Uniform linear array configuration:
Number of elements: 24
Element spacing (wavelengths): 0.75
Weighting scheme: kaiser
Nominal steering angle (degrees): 45
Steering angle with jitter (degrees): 43.939
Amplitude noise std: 0.05
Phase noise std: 0.05

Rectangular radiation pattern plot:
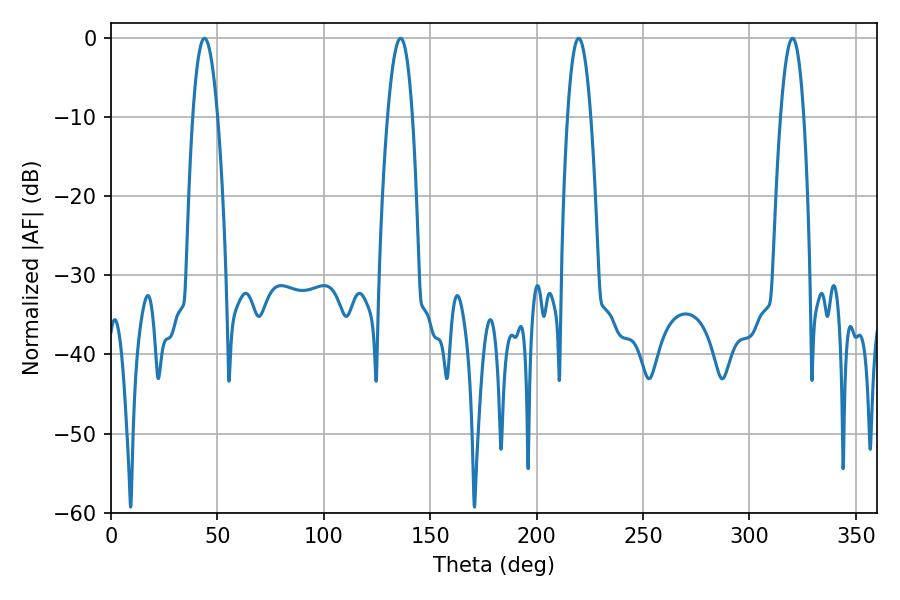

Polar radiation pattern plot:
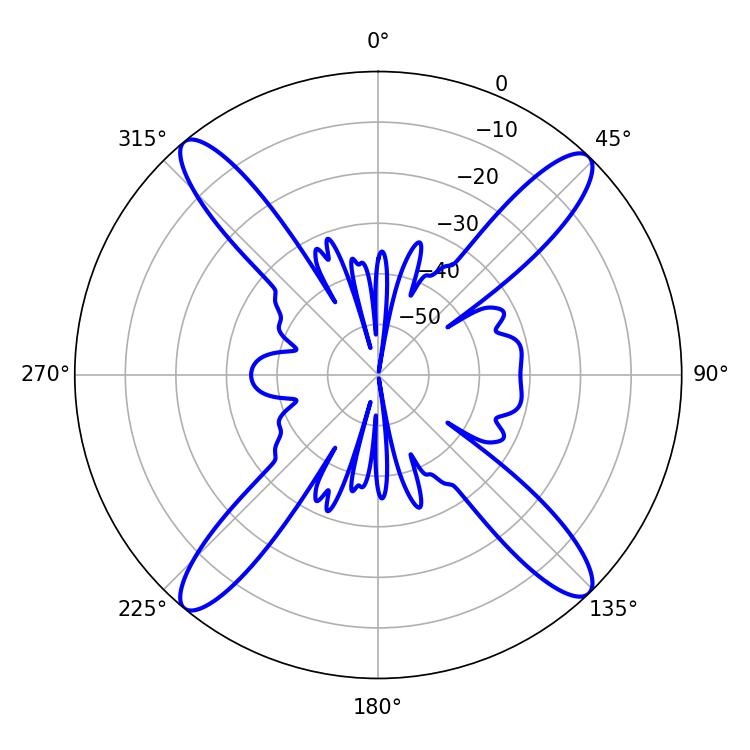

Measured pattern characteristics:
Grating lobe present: TRUE
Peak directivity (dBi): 19.272
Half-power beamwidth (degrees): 6.3
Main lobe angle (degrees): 43.92